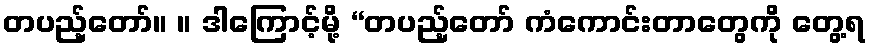
တပည့်တော်။ ။ ဒါကြောင့်မို့ “တပည့်တော် ကံကောင်းတာတွေကို တွေ့ရ